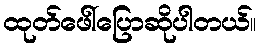
ထုတ်ဖေါ်ပြောဆိုပါတယ်။